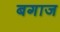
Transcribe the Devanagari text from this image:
बगाज